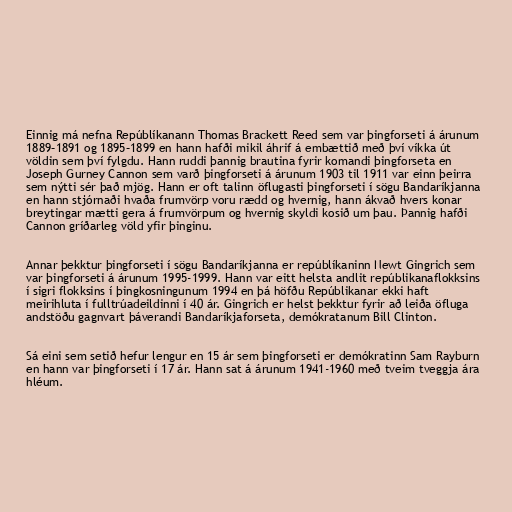
Einnig má nefna Repúblíkanann Thomas Brackett Reed sem var þingforseti á árunum
1889–1891 og 1895–1899 en hann hafði mikil áhrif á embættið með því víkka út
völdin sem því fylgdu. Hann ruddi þannig brautina fyrir komandi þingforseta en
Joseph Gurney Cannon sem varð þingforseti á árunum 1903 til 1911 var einn þeirra
sem nýtti sér það mjög. Hann er oft talinn öflugasti þingforseti í sögu Bandaríkjanna
en hann stjórnaði hvaða frumvörp voru rædd og hvernig, hann ákvað hvers konar
breytingar mætti gera á frumvörpum og hvernig skyldi kosið um þau. Þannig hafði
Cannon gríðarleg völd yfir þinginu.

Annar þekktur þingforseti í sögu Bandaríkjanna er repúblíkaninn Newt Gingrich sem
var þingforseti á árunum 1995-1999. Hann var eitt helsta andlit repúblikanaflokksins
í sigri flokksins í þingkosningunum 1994 en þá höfðu Repúblikanar ekki haft
meirihluta í fulltrúadeildinni í 40 ár. Gingrich er helst þekktur fyrir að leiða öfluga
andstöðu gagnvart þáverandi Bandaríkjaforseta, demókratanum Bill Clinton.

Sá eini sem setið hefur lengur en 15 ár sem þingforseti er demókratinn Sam Rayburn
en hann var þingforseti í 17 ár. Hann sat á árunum 1941-1960 með tveim tveggja ára
hléum.